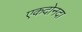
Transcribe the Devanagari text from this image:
एकदोनदा